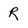
Character: R